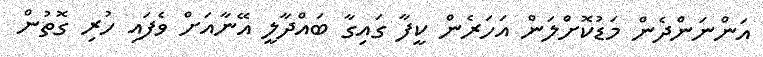
އަންނަންދެން މަޑުކޮށްލަން އަހަރެން ކީފާ ގައިގާ ބައްދާލީ އޭނާއަށް ވެފައި ހުރި ގޮތުން